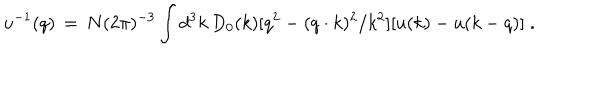
u ^ { - 1 } ( q ) \, = \, N ( 2 \pi ) ^ { - 3 } \int d ^ { 3 } k \, D _ { 0 } ( k ) [ q ^ { 2 } - ( q \cdot k ) ^ { 2 } / k ^ { 2 } ] [ u ( k ) - u ( k - q ) ] \; \mathrm { . }